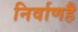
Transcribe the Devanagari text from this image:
निर्वाणहै